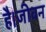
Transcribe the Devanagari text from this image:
है।जीवन